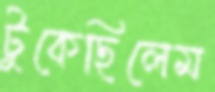
টুকেছিলেম